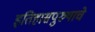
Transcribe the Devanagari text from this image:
इतिहासपुरुषाचे